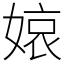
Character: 𡟓